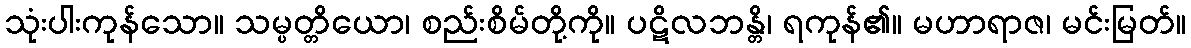
သုံးပါးကုန်သော။ သမ္ပတ္တိယော၊ စည်းစိမ်တို့ကို။ ပဋိလဘန္တိ၊ ရကုန်၏။ မဟာရာဇ၊ မင်းမြတ်။